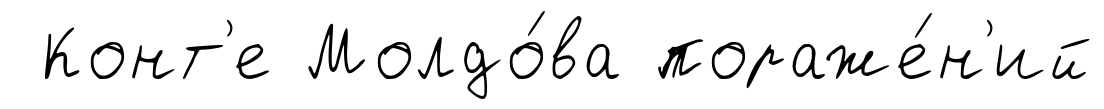
Конт'е Молдо́ва пораже́н'ий